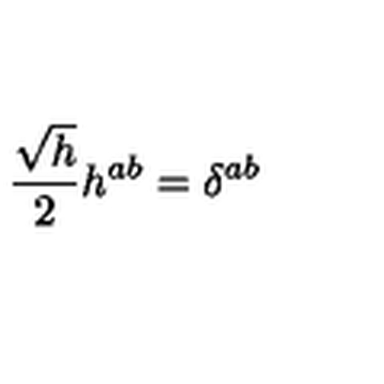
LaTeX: \frac { \sqrt { h } } { 2 } h ^ { a b } = \delta ^ { a b }